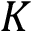
K